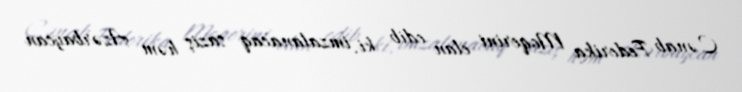
Cənab Federika Moqerini elan edib ki, imzalanacaq saziş həm Azərbaycan